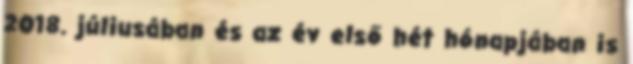
2018. júliusában és az év első hét hónapjában is